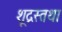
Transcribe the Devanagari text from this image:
शूद्रस्तथा